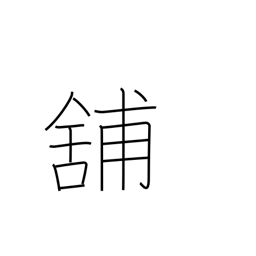
Meaning: store